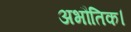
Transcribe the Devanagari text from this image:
अभौतिक।